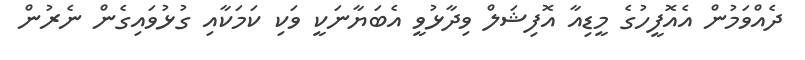
ދެއްވަމުން އެއޮފީހުގެ މީޑިއާ އޮފިޝަލް ވިދާޅުވީ އެބަޔާނަކީ ވަކި ކަމަކާއި ގުޅުވައިގެން ނެރުން